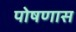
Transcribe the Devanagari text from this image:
पोषणास